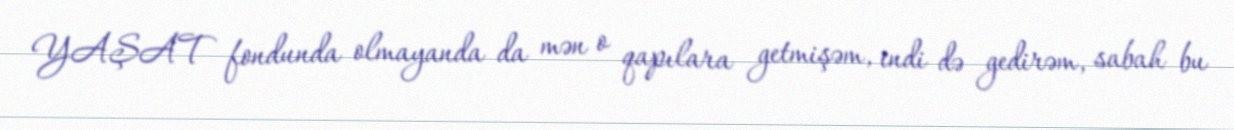
YAŞAT fondunda olmayanda da mən o qapılara getmişəm, indi də gedirəm, sabah bu